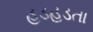
હડહડતા